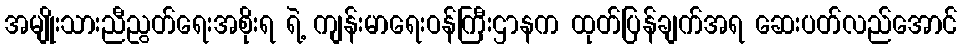
အမျိုးသားညီညွတ်ရေးအစိုးရ ရဲ့ ကျန်းမာရေးဝန်ကြီးဌာနက ထုတ်ပြန်ချက်အရ ဆေးပတ်လည်အောင်